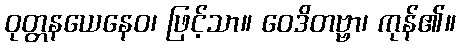
ဝုတ္တနယေနေဝ၊ ဖြင့်သာ။ ဝေဒိတဗ္ဗာ၊ ကုန်၏။